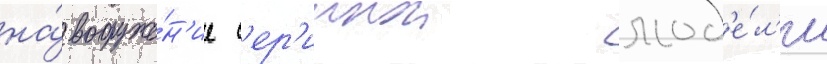
на́ вооруже́н'ие с'ер'иинои мод'е́л'и